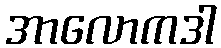
အာလောကဒါ